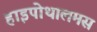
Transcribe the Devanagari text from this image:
हाइपोथालमस